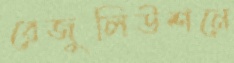
রেজুলিউশনে